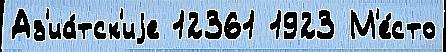
Аз'иа́тск'иjе 12361 1923 М'е́сто